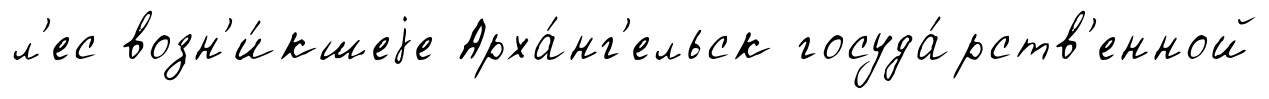
л'ес возн'и́кшеjе Арха́нг'ельск госуда́рств'енной